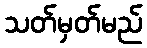
သတ်မှတ်မည်